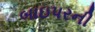
બાઇપરની